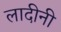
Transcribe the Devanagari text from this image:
लादीनी